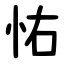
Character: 㤑